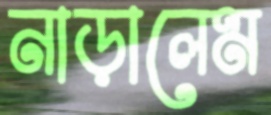
নাড়ালেম